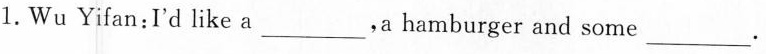
1. Wu Yifan: I'd like a ___. a hamburger and some ___.